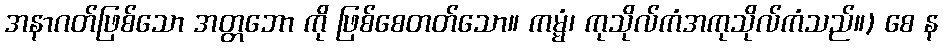
အနာဂတ်ဖြစ်သော အတ္တဘော ကို ဖြစ်စေတတ်သော။ ကမ္မံ၊ ကုသိုလ်ကံအကုသိုလ်ကံသည်။) စေ န